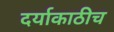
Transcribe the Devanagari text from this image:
दर्याकाठीच